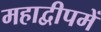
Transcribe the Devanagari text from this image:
महाद्वीपमें